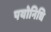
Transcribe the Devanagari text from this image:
पयोनिधि